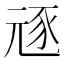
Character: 㒮